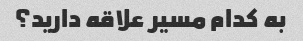
به کدام مسیر علاقه دارید؟